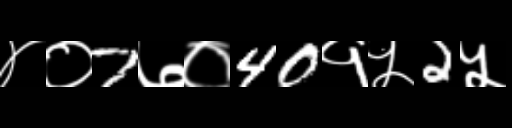
Text: ४०7७०40१५2५